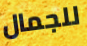
للجمال